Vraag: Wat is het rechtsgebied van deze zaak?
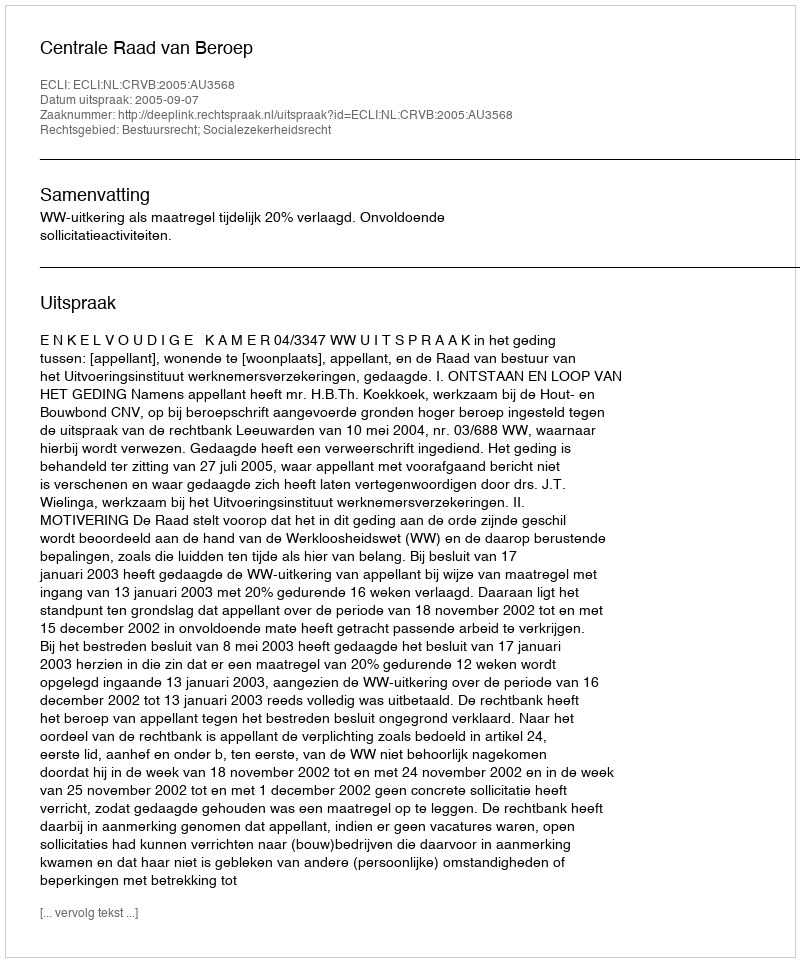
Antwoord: Bestuursrecht; Socialezekerheidsrecht